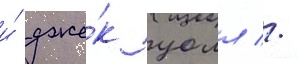
и́ дже́к уолл //